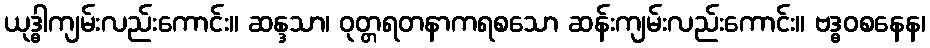
ယုဒ္ဓါကျမ်းလည်းကောင်း။ ဆန္ဒသာ၊ ဝုတ္တရတနာကရစသော ဆန်းကျမ်းလည်းကောင်း။ ဗဒ္ဓဝစနေန၊